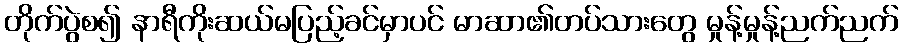
တိုက်ပွဲစ၍ နာရီကိုးဆယ်မပြည့်ခင်မှာပင် မာဆာ၏တပ်သားတွေ မှုန့်မှုန့်ညက်ညက်